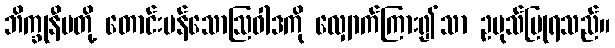
ဘိက္ခုနီမတို့ တောင်းပန်သောဩဝါဒကို လျှောက်ကြား၍သာ ဥပုသ်ပြုရသည်။